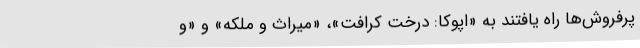
‌پرفروش‌ها راه یافتند به «اپوکا: درخت کرافت»، «میراث و ملکه» و «و